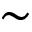
\sim